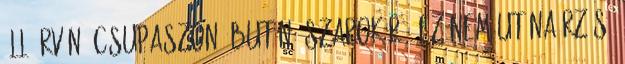
áll árván, csupaszon, bután. Szarok rá. Ez nem utánaérzés,